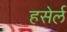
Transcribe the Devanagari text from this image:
हसेर्ल